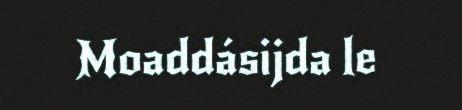
Moaddásijda le